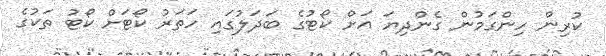
ކުރިން ހިންގަމުން ގެންދިޔަ އަށް ކޯޓުގެ ބަދަލުގައި ހަތަރު ކޯޓަށް ކޯޓު ތަކުގެ